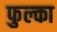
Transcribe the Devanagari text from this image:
फुल्का